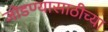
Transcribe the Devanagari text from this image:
जोडण्यासाठीच्या